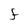
Character: F